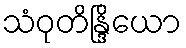
သံဝုတိန္ဒြိယော